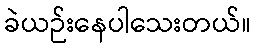
ခဲယဉ်းနေပါသေးတယ်။